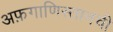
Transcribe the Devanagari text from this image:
अफ़गाणिस्तानची